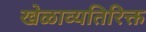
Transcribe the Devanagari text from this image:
खेळाव्यतिरिक्त